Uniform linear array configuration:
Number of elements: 64
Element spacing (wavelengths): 0.75
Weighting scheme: blackman
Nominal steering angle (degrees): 15
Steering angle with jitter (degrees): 14.498
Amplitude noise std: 0.05
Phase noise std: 0.05

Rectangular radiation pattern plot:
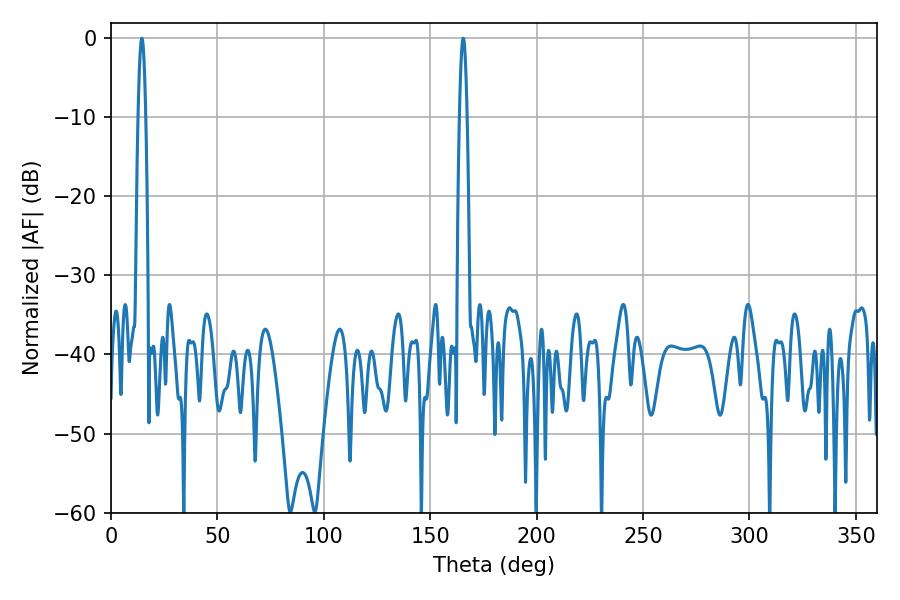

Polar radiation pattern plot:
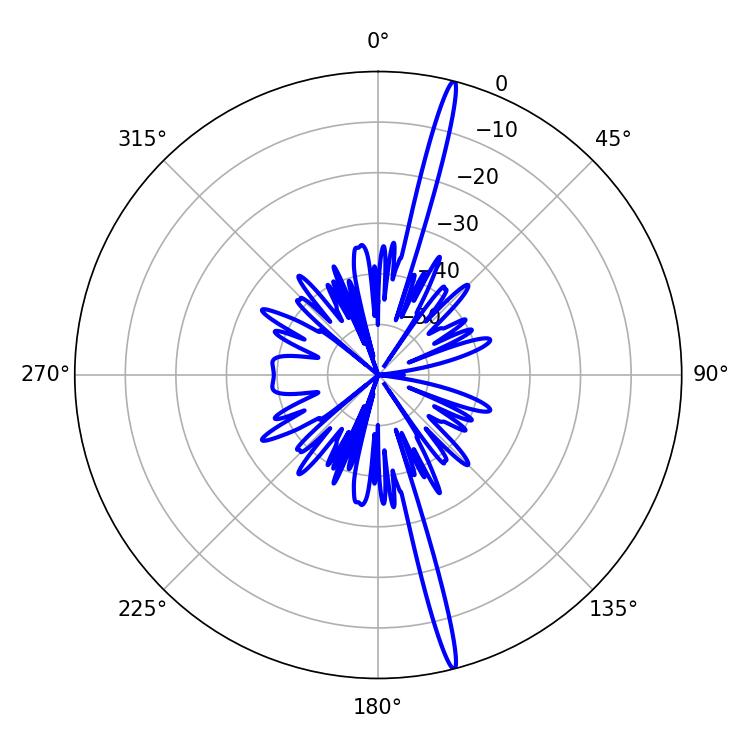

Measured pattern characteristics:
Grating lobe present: TRUE
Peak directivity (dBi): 20.232
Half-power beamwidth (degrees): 1.98
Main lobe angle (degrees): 165.42